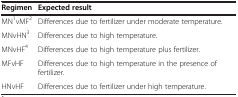
<table><thead><tr><td><b>Regimen</b></td><td><b>Expected result</b></td></tr></thead><tbody><tr><td>MN<sup>1</sup>vMF<sup>2</sup></td><td>Differences due to fertilizer under moderate temperature.</td></tr><tr><td>MNvHN<sup>3</sup></td><td>Differences due to high temperature.</td></tr><tr><td>MNvHF<sup>4</sup></td><td>Differences due to high temperature plus fertilizer.</td></tr><tr><td>MFvHF</td><td>Differences due to high temperature in the presence of fertilizer.</td></tr><tr><td>HNvHF</td><td>Differences due to fertilizer under high temperature.</td></tr></tbody></table>